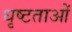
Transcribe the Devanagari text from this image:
धृष्टताओं